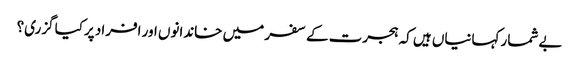
بے شمار کہانیاں ہیں کہ ہجرت کے سفر میں خاندانوں اور افراد پرکیا گزری؟